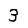
Digit: 3